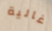
غالية